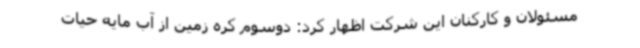
مسئولان و کارکنان این شرکت اظهار کرد: دوسوم کره زمین از آب مایه حیات